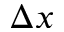
\Delta x